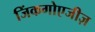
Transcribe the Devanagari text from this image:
जिंकगोएजीज़